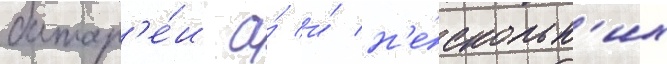
батар'е́и а́ и́ н'е́скольк'их